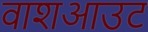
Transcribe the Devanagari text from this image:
वाशआउट